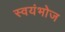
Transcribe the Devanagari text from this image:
स्वयंभोज